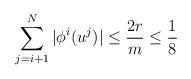
LaTeX: \begin{align*}\sum_{j=i+1}^N|\phi^i(u^j)|\le\frac{2r}m\le\frac18\end{align*}